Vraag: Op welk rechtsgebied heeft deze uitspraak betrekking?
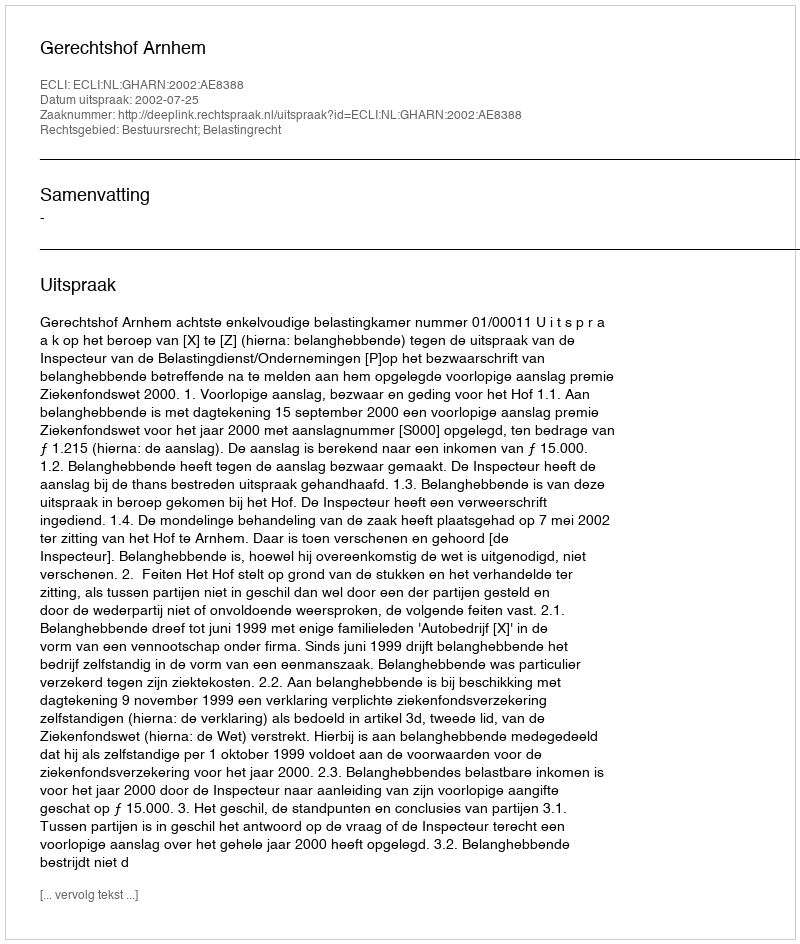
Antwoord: Bestuursrecht; Belastingrecht